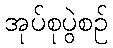
အုပ်စုပွဲစဉ်